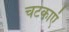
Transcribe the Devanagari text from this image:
चटकाएं